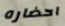
احضاره